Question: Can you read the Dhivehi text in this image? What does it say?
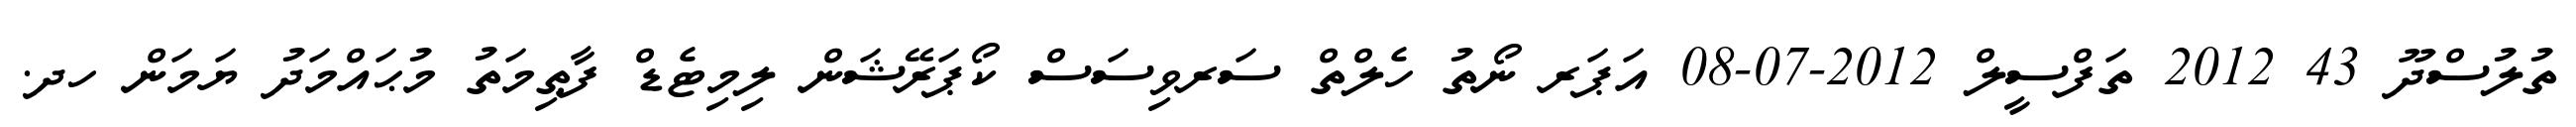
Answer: ތުލުސްދޫ 43 2012 ތަފްސީލް 2012-07-08 އަޕަރ ނޯތު ހެލްތް ސަރވިސަސް ކޯޕަރޭޝަން ލިމިޓެޑް ފާޠިމަތު މުޙައްމަދު ޔަމަން ހދ.